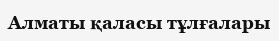
Алматы қаласы тұлғалары